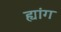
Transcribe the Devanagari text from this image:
ह्यांग